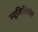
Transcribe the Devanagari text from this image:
म्यूजिशियंस